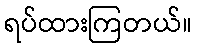
ရပ်ထားကြတယ်။